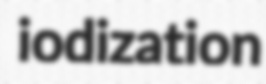
iodization